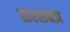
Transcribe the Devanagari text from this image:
सरसबज़